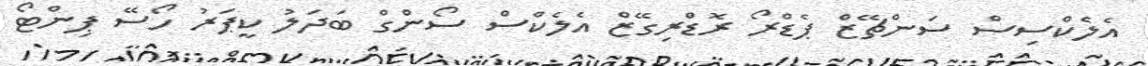
އެލެކްސިސް ސަންޗޭޒް ޕެޑްރޯ ރޮޑްރިގޭޒް އެލެކްސް ސޯންގް ބަދަލު ކީޕަރު ހޯސޭ ޕިންޓޯ